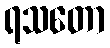
ရသတော